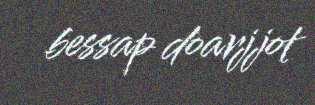
bessap doarjjot